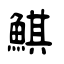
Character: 鯕